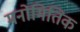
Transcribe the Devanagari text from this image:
मनोमितिक